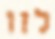
לזו